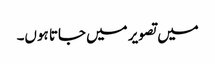
میں تصویر میں جاتا ہوں۔